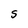
Character: S